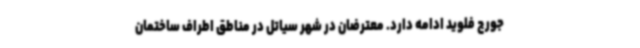
جورج فلوید ادامه دارد. معترضان در شهر سیاتل در مناطق اطراف ساختمان